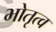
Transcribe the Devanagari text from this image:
भोतृत्व